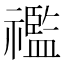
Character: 𥜓